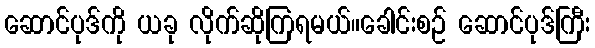
ဆောင်ပုဒ်ကို ယခု လိုက်ဆိုကြရမယ်။ခေါင်းစဉ် ဆောင်ပုဒ်ကြီး